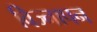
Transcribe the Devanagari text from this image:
विज्नापन